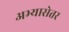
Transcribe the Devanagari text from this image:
अभ्यासेतर